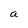
Character: a